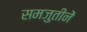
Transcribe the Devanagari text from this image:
समजुतीनें